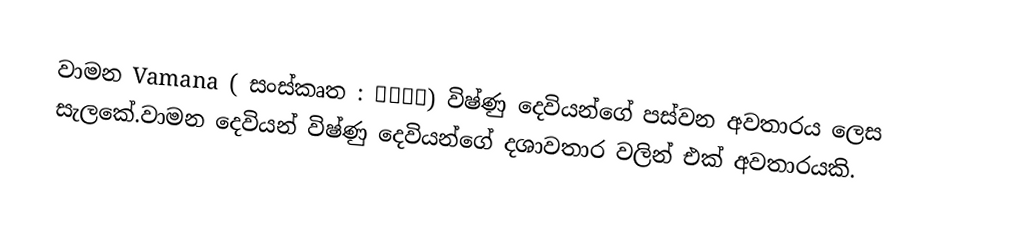
වාමන Vamana ( සංස්කෘත : वामन) විෂ්ණු දෙවියන්ගේ පස්වන අවතාරය ලෙස සැලකේ.වාමන දෙවියන් විෂ්ණු දෙවියන්ගේ දශාවතාර වලින් එක් අවතාරයකි.